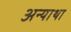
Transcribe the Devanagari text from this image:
अन्याथा